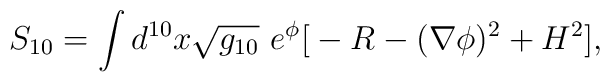
S_{10} = \int d^{10} x \sqrt{g_{10}}~ e^\phi   \big[ -  R - (\nabla \phi)^2 + H^2  \big],